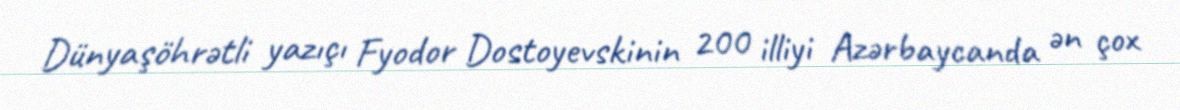
Dünyaşöhrətli yazıçı Fyodor Dostoyevskinin 200 illiyi Azərbaycanda ən çox